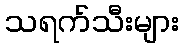
သရက်သီးများ